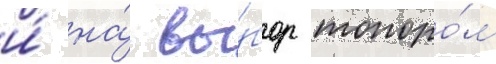
и́ на́ вы́бор топоро́м